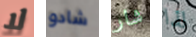
لا شادو شار لذا